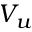
V _ { u }